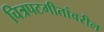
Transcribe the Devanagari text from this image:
चित्रपटगीतांवरील